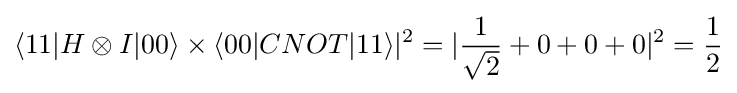
\langle 11|H\otimes I|00\rangle \times \langle 00|CNOT|11\rangle |^{2}=|{\frac {1}{\sqrt {2}}}+0+0+0|^{2}={\frac {1}{2}}